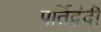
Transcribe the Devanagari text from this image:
पर्तिद्वंदी